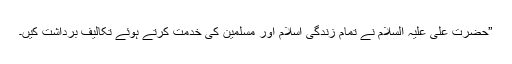
”حضرت علی علیہ السلام نے تمام زندگی اسلام اور مسلمین کی خدمت کرتے ہوئے تکالیف برداشت کیں۔